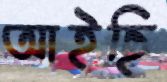
আইছি